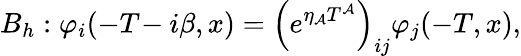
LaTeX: B_{h}:\varphi_{i}(-T\! -i\beta,x)=\left(e^{\eta_{\mathcal{A}}T^{\mathcal{A}}}\right)_{ij}\varphi_{j}(-T,x),